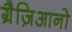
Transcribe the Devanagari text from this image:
ग्रैज़िआनो